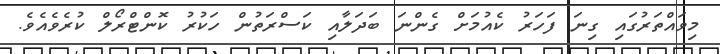
މިވައްތަރުގައި ގިނަ ފަހަރު ކެއުމަށް ގެންނަ ބަދަލާއި ކަސްރަތުން ހަކުރު ކޮންޓްރޯލް ކުރެވެއެވެ.